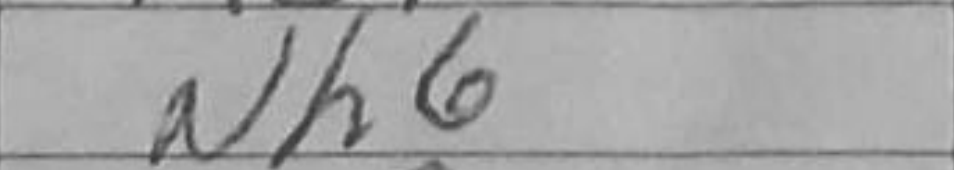
Transcription: Nh6